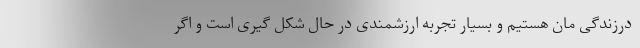
درزندگی مان هستیم و بسیار تجربه ارزشمندی در حال شکل گیری است و اگر